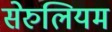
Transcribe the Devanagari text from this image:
सेरुलियम